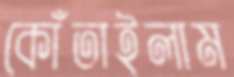
কোঁতাইলাম